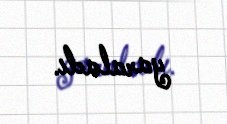
yaraladı.